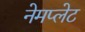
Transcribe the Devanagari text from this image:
नेमप्‍लेट